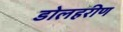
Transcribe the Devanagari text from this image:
डोलहरीण